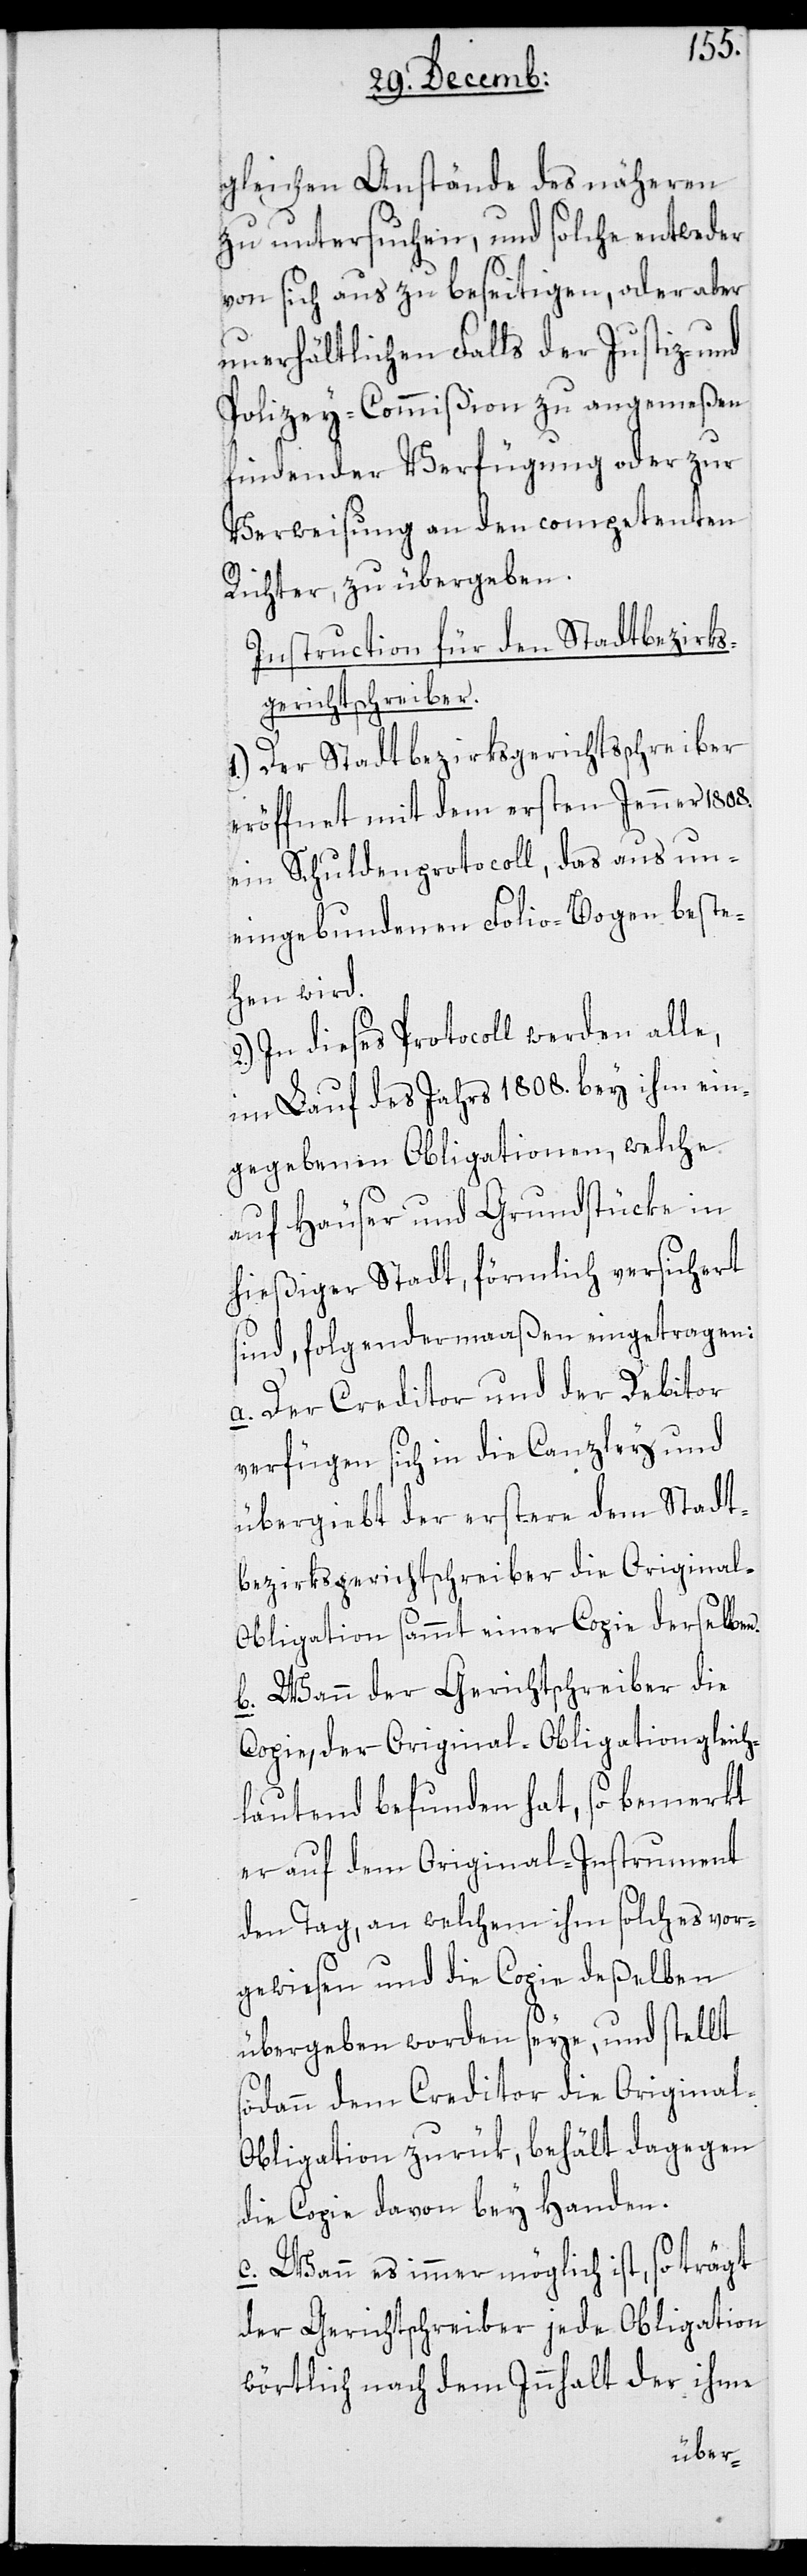
gleichen Anstände des näheren
zu untersuchen, und solche entweder
von sich aus zu beseitigen, oder aber
unerhältlichen Falls der Justiz- und
Polizey-Commißion zu angemeßen
findender Verfügung oder zur
Verweisung an den competenten
Richter, zu übergeben.
Instruction für den Stadtbezirks¬
gerichtschreiber.
1). Der Stadtbezirksgerichtsschreiber
eröffnet mit dem ersten Jenner 1808.
ein Schuldenprotocoll, das aus un¬
eingebundenen Folio-Bogen beste¬
hen wird.
In dieses Protocoll werden alle,
im Lauf des Jahrs 1808. bey ihm ein¬
gegebenen Obligationen, welche
auf Häuser und Grundstücke in
hießiger Stadt, förmlich versichert
sind, folgendermaaßen eingetragen:
a. Der Creditor und der Debitor
verfügen sich in die Canzlei und
übergiebt der erstere dem Stadt¬
bezirksgerichtschreiber die Original-O¬
bligation sammt einer Copie derselben.
b. Wann der Gerichtschreiber die
Copie, der Original-Obligation gleich¬
lautend befunden hat, so bemerkt
er auf dem Original-Instrument
den Tag, an welchem ihm solches vor¬
gewiesen und die Copie deßelben
übergeben worden seye, und stellt
sodann dem Creditor die Origina¬
l-Obligation zurük, behält dagegen
die Copie davon bey Handen.
c. Wann es immer möglich ist, so trägt
der Gerichtschreiber jede Obligation
wörtlich nach dem Innhalt der ihme